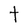
Character: t